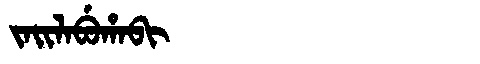
Manchu: ᠵᠠᡳᠯᠠᠪᡠᡥᠠᠪᡳ
Romanization: JAILABUHABI